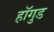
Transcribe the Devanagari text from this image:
हॉगुड